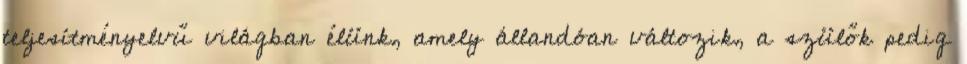
teljesítményelvű világban élünk, amely állandóan változik, a szülők pedig